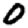
Digit: 0